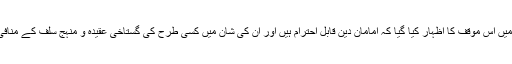
جس میں اس موقف کا اظہار کیا گیا کہ امامان دین قابل احترام ہیں اور ان کی شان میں کسی طرح کی گستاخی عقیدہ و منہج سلف کے منافی ہے۔